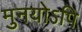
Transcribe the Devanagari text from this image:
मुनयोऽपि